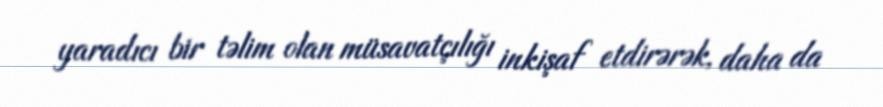
yaradıcı bir təlim olan müsavatçılığı inkişaf etdirərək, daha da